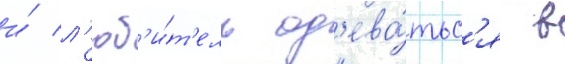
и́ л'юб'и́т'ель од'ева́тьс'я в